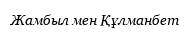
Жамбыл мен Құлманбет